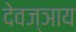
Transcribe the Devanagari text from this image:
देवज्ञाय